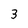
Character: 3